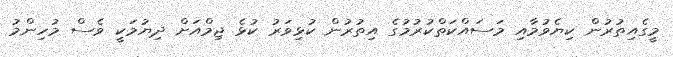
މީގެއިތުރުން ކިޔެވުމާއި މަސައްކަތްކުރުމުގެ އިތުރުން ކުޅިވަރު ކުޅެ ޖިމްއަށް ދިޔުމަކީ ވެސް މުހިންމު